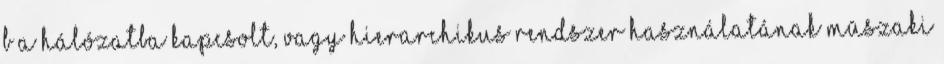
b a hálózatba kapcsolt, vagy hierarchikus rendszer használatának mûszaki